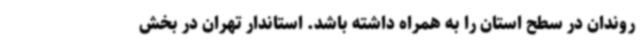
روندان در سطح استان را به همراه داشته باشد. استاندار تهران در بخش